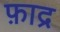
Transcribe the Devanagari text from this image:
फ़ाद्र